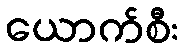
ယောက်စီး